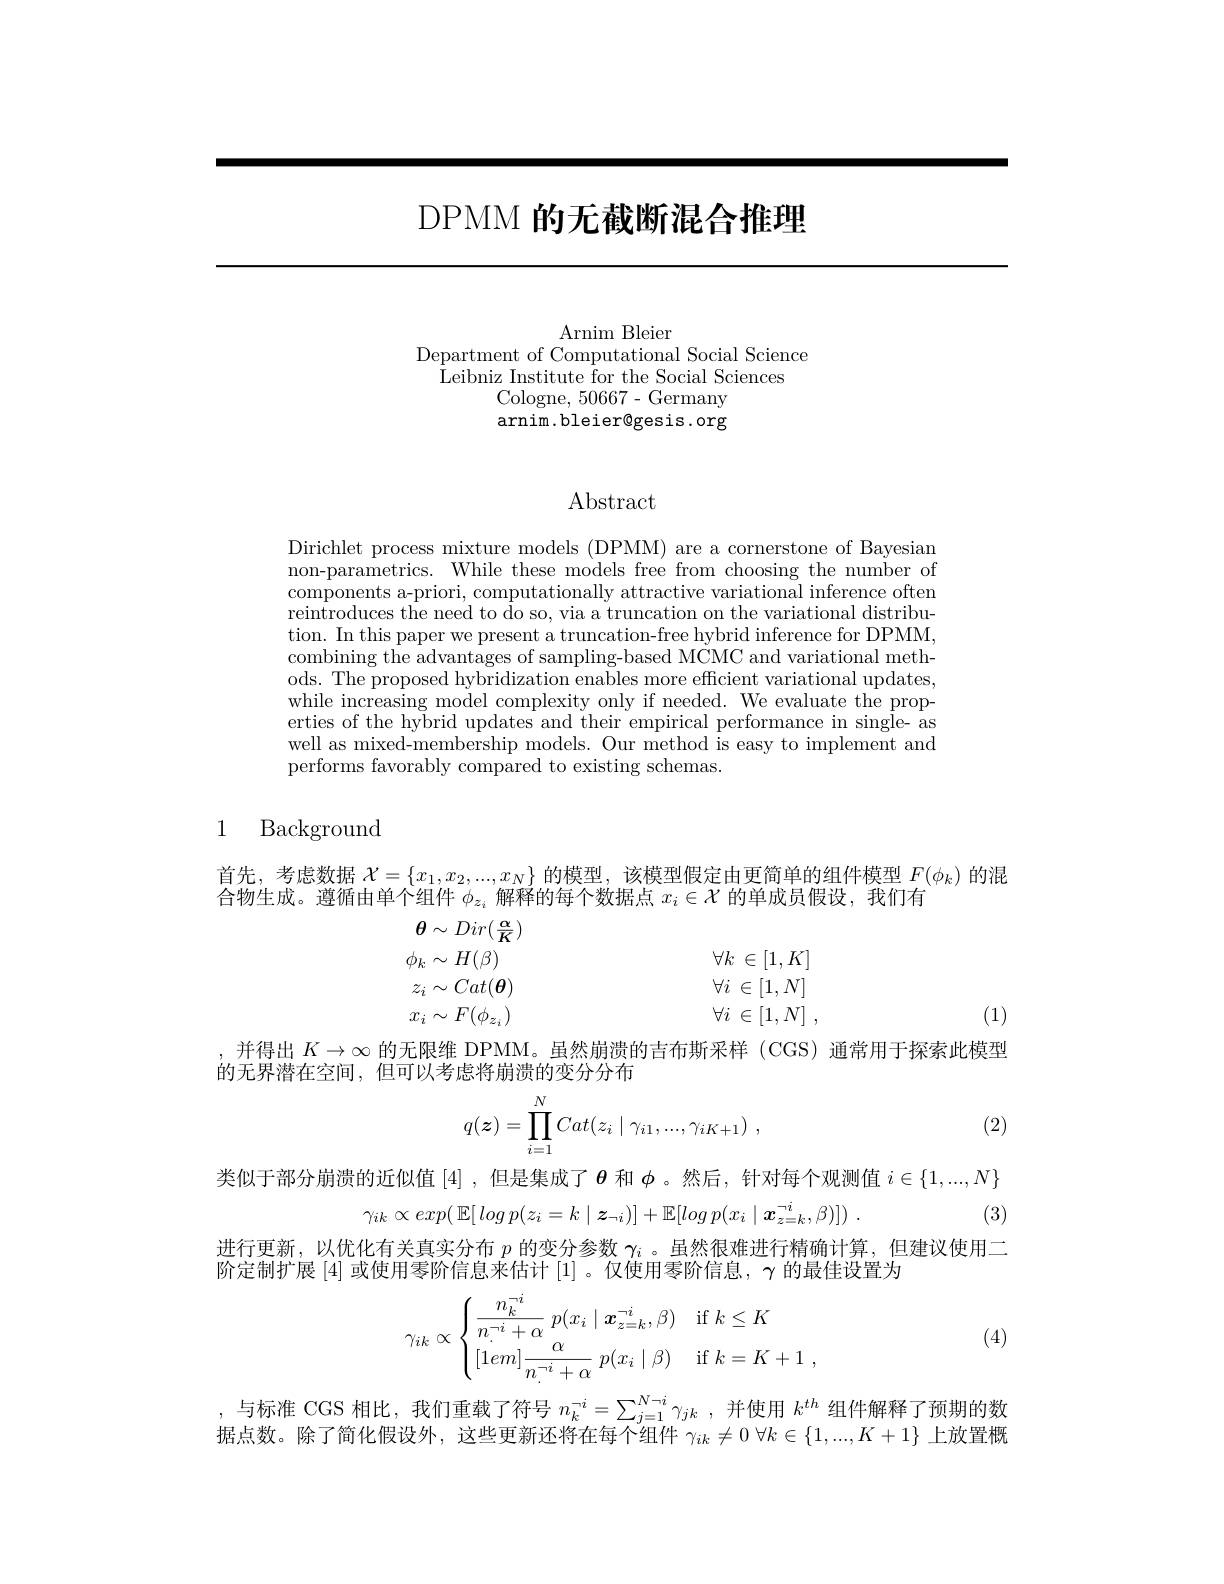
# DPMM 的无截断混合推理

Arnim Bleier
Department of Computational Social Science
${\mathrm{Leibniz~Institute~for~the~Social~Sciences}}$
Cologne, 50667- Germany arnim.bleier@gesis.org

# $\operatorname{Abstract}$

Dirichlet process mixture models (DPMM) are a cornerstone of Bayesian $\bar{\text{non-parametrics. While these models free from choosing the number of}}$ components a-priori, computationally attractive variational inference often $\dot{\text{reintroduces the need to do so, via a truncation on the variational distribu-}}$ tion. In this paper we present a truncation-free hybrid inference for DPMM, combining the advantages of sampling-based MCMC and variational methods. The proposed hybridization enables more efficient variational updates, while increasing model complexity only if needed. We evaluate the properties of the hybrid updates and their empirical performance in single- as well as mixed-membership models. Our method is easy to implement and performs favorably compared to existing schemas.

1 Background

首先，考虑数据$\mathcal{X}=\{x_1,x_2,...,x_N\}$的模型，该模型假定由更简单的组件模型$F(\phi_k)$的混
合物生成。遵循由单个组件$\phi_z_i$解释的每个数据点$x_i\in\mathcal{X}$的单成员假设，我们有
$$\theta\sim Dir(\frac{\alpha}{K})\\\phi_{k}\sim H(\beta)\forall k\:\in[1,K]\\z_{i}\sim Cat(\boldsymbol{\theta})\forall i\:\in[1,N]\\x_{i}\sim F(\phi_{z_{i}})\forall i\:\in[1,N]\:,$$
(1)

并得出$K\to\infty$的无限维 DPMM。虽然崩溃的吉布斯采样 (CGS)通常用于探索此模型
的无界潜在空间，但可以考虑将崩溃的变分分布
$$q(\boldsymbol z)=\prod\limits_{i=1}^NCat(z_i\mid\gamma_{i1},...,\gamma_{iK+1})\:,$$
(2)

(3)

类似于部分崩溃的近似值[4],但是集成了$\boldsymbol{\theta}$ 和$\phi$。然后，针对每个观测值 $i\in\{1,...,N\}$
$$\gamma_{ik}\propto exp(\mathbb{E}[log\:p(z_{i}=k\mid\boldsymbol{z}_{\neg i})]+\mathbb{E}[log\:p(x_{i}\mid\boldsymbol{x}_{z=k}^{\neg i},\beta)])\:.$$
进行更新，以优化有关真实分布$p$的变分参数$\gamma_i$ 。虽然很难进行精确计算，但建议使用二
阶定制扩展[4]或使用零阶信息来估计[1] 。仅使用零阶信息，$\gamma$的最佳设置为

(4)
$$\gamma_{ik}\propto\begin{cases}\dfrac{n_k^{-i}}{n_\cdot^{-i}+\alpha}\:p(x_i\mid x_{z=k}^{-i},\beta)&\text{if}\:k\leq K\\[1em]\dfrac{\alpha}{n_\cdot^{-i}+\alpha}\:p(x_i\mid\beta)&\text{if}\:k=K+1\:,\end{cases}$$
$\begin{aligned}\text{,与标准 CGS 相比，我们重载了符号 }n_k^{-i}=\sum_{j=1}^{N-i}\gamma_{jk}\:,\text{并使用 }k^{th}\text{ 组件解释了预期的数}\\\text{时上半，以乙签从阳沿出 }=\text{之此而立下收士后人们}k^{(1-1)}\:\mathrm{~O~}k=\{1,\ldots,\ldots\}.\end{aligned}$ 据点数。除了简化假设外，这些更新还将在每个组件$\gamma_{ik}\neq0\forall k\in\{1,...,K+1\}$上放置概